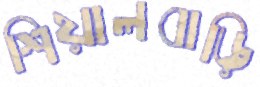
শিয়ালবাড়ি